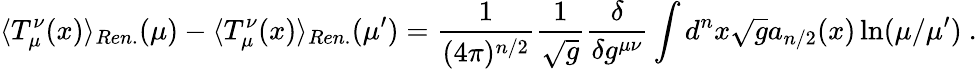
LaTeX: \langle T_{\mu}^{\nu}(x)\rangle_{Ren.}(\mu)-\langle T_{\mu}^{\nu}(x)\rangle_{Ren.}(\mu^{\prime})=\frac 1{(4\pi)^{n/2}}\frac 1{\sqrt{g}}\frac\delta{\delta g^{\mu\nu}}\int d^{n}x\sqrt{g}a_{n/2}(x)\ln(\mu/\mu^{\prime})\ .